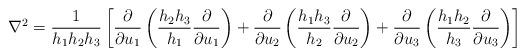
LaTeX: \begin{align*}\nabla^{2}=\frac{1}{h_{1}h_{2}h_{3}}\left[\frac{\partial}{\partial u_{1}}\left(\frac{h_{2}h_{3}}{h_{1}}\frac{\partial}{\partial u_{1}}\right)+\frac{\partial}{\partial u_{2}}\left(\frac{h_{1}h_{3}}{h_{2}}\frac{\partial}{\partial u_{2}}\right)+\frac{\partial}{\partial u_{3}}\left(\frac{h_{1}h_{2}}{h_{3}}\frac{\partial}{\partial u_{3}}\right)\right]\end{align*}